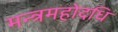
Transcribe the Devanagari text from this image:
मन्त्रमहोदधि